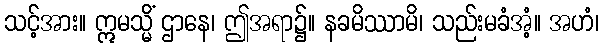
သင့်အား။ ဣမသ္မိံ ဌာနေ၊ ဤအရာ၌။ နခမိဿာမိ၊ သည်းမခံအံ့။ အဟံ၊